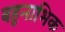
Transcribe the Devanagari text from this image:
बहुनाभिक